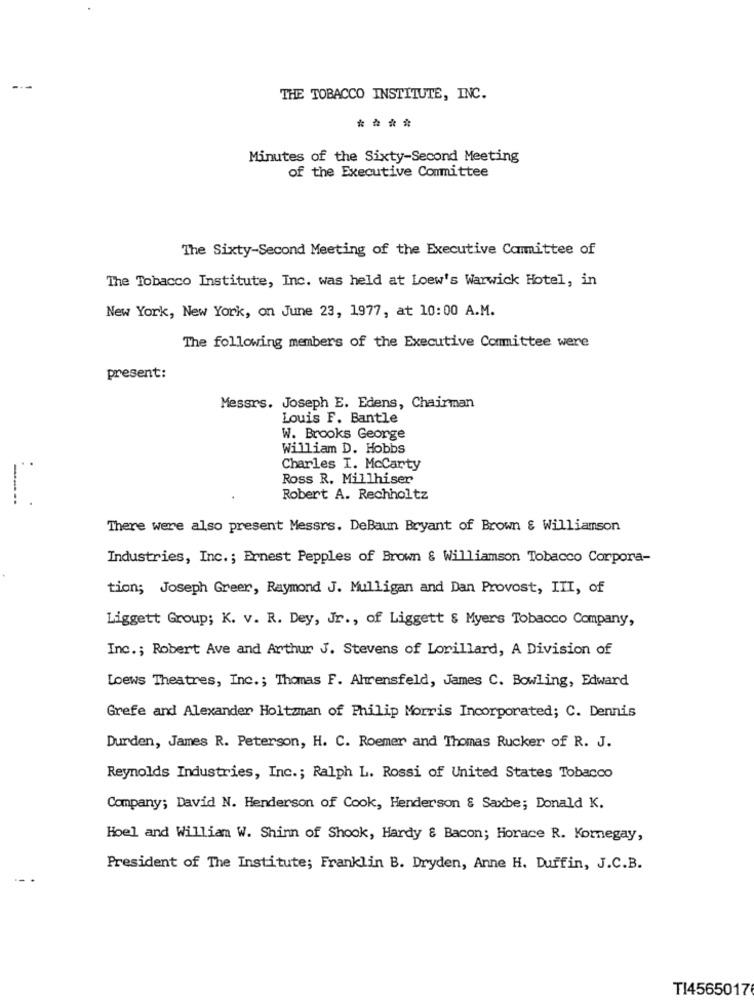
THE TOBACCO INSTITUTE, INC.
....
Minutes of the Sixty-Second Meeting
of the Executive Committee
The Sixty-Second Meeting of the Executive Committee of
The Tobacco Institute, Inc. was held at Loew's Warwick Hotel, in
New York, New York, on June 23, 1977, at 10:00 A.M.
The following members of the Executive Committee were
present:
Messrs. Joseph E. Edens, Chairman
Louis F. Bantle
W. Brooks George
William D. Hobbs
Charles I. McCarty
Ross R. Millhiser
-
Robert A. Rechholtz
There were also present Messrs. DeBaun Bryant of Brown & Williamson
Industries, Inc .; Ernest Pepples of Brown & Williamson Tobacco Corpora-
tion; Joseph Greer, Raymond J. Mulligan and Dan Provost, III, of
Liggett Group; K. v. R. Dey, Jr ., of Liggett & Myers Tobacco Company,
Inc .; Robert Ave and Arthur J. Stevens of Lorillard, A Division of
Loews Theatres, Inc .; Thomas F. Ahrensfeld, James C. Bowling, Edward
Grefe and Alexander Holtzman of Philip Morris Incorporated; C. Dennis
Durden, James R. Peterson, H. C. Roemer and Thomas Rucker of R. J.
Reynolds Industries, Inc .; Ralph L. Rossi of United States Tobacco
Company; David N. Henderson of Cook, Henderson & Saxbe; Donald K.
Hoel and William W. Shinn of Shook, Hardy & Bacon; Horace R. Kornegay,
President of The Institute; Franklin B. Dryden, Anne H. Duffin, J.C.B.
TI4565017